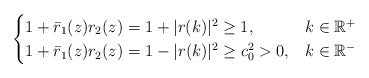
\begin{align*}\begin{cases}1+\bar{r}_1(z) r_2(z)=1+|r(k)|^{2} \geq 1, & k \in \mathbb{R}^{+} \\ 1+\bar{r}_1(z)r_2(z)=1-|r(k)|^{2} \geq c_{0}^{2}>0, & k \in \mathbb{R}^{-}\end{cases}\end{align*}